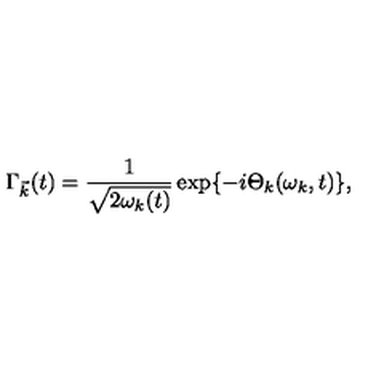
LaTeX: { \Gamma } _ { \vec { k } } ( t ) = \frac { 1 } { \sqrt { 2 { \omega } _ { k } ( t ) } } \exp \{ - i { \Theta } _ { k } ( { \omega } _ { k } , t ) \} ,